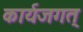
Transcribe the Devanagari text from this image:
कार्यजगत्